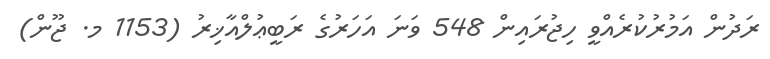
ރަދުން އަމުރުކުރެއްވީ ހިޖުރައިން 548 ވަނަ އަހަރުގެ ރަބީޢުލްއާޚިރު (1153 މ. ޖޫން)